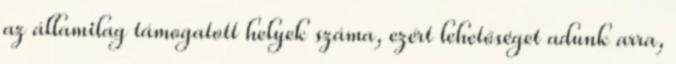
az államilag támogatott helyek száma, ezért lehetőséget adunk arra,